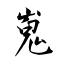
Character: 嵬